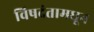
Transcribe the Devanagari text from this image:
विषदंतामधून